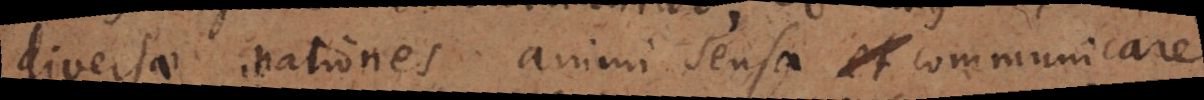
diversae nationes animi sensa et communicare